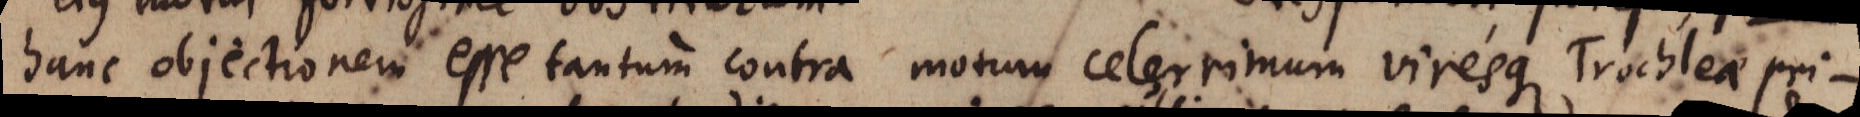
hanc objectionem esse tantum contra motum celerrimum viresque Trochleae pri-